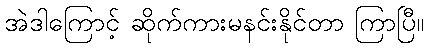
အဲဒါကြောင့် ဆိုက်ကားမနင်းနိုင်တာ ကြာပြီ။